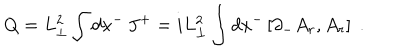
Q = L _ { \perp } ^ { 2 } \int d x ^ { - } \, J ^ { + } = i L _ { \perp } ^ { 2 } \int d x ^ { - } \left[ \partial _ { - } A _ { r } , A _ { r } \right] \; .